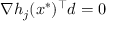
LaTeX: \nabla h _ { j } ( x ^ { * } ) ^ { \top } d = 0